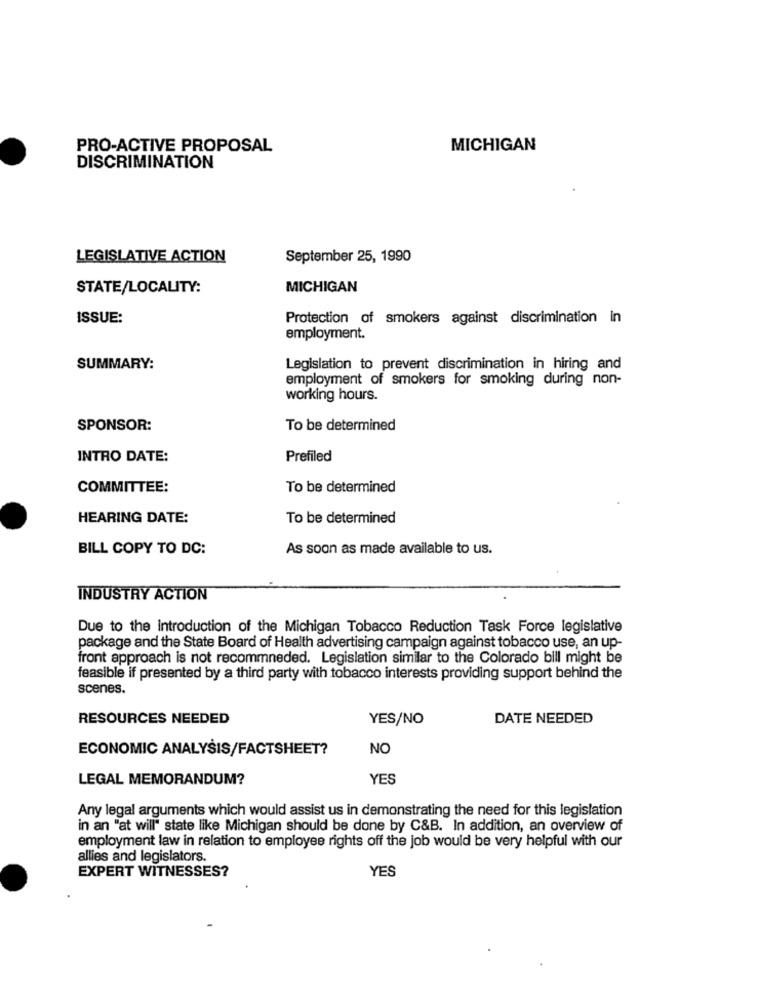
PRO-ACTIVE PROPOSAL
MICHIGAN
DISCRIMINATION
LEGISLATIVE ACTION
September 25, 1990
STATE/LOCALITY:
MICHIGAN
ISSUE:
Protection of smokers against discrimination in
employment.
SUMMARY:
Legislation to prevent discrimination in hiring and
employment of smokers for smoking during non-
working hours.
SPONSOR:
To be determined
INTRO DATE:
Prefiled
COMMITTEE:
To be determined
HEARING DATE:
To be determined
BILL COPY TO DC:
As soon as made available to us.
INDUSTRY ACTION
Due to the introduction of the Michigan Tobacco Reduction Task Force legislative
package and the State Board of Health advertising campaign against tobacco use, an up-
front approach is not recommneded. Legislation similar to the Colorado bill might be
feasible if presented by a third party with tobacco interests providing support behind the
scenes.
RESOURCES NEEDED
YES/NO
DATE NEEDED
ECONOMIC ANALYSIS/FACTSHEET?
NO
LEGAL MEMORANDUM?
YES
Any legal arguments which would assist us in demonstrating the need for this legislation
in an "at will" state like Michigan should be done by C&B. In addition, an overview of
employment law in relation to employee rights off the job would be very helpful with our
allies and legislators.
EXPERT WITNESSES?
YES